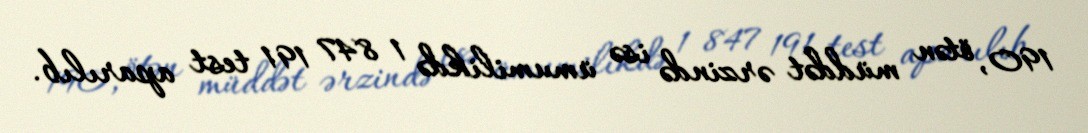
190, ötən müddət ərzində isə ümumilikdə 1 847 191 test aparılıb.